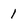
Character: 1